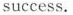
success.